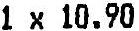
1 X 10.90